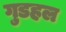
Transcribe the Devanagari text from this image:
गुडहल